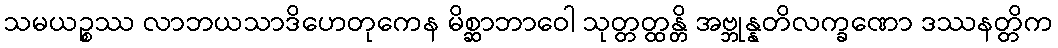
သမယဉ္စဿ လာဘယသာဒိဟေတုကေန မိစ္ဆာဘာဝေါ သုတ္တတ္ထန္တိ အဗ္ဘုန္နတိလက္ခဏော ဒဿနတ္တိက